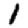
Digit: 1